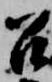
召